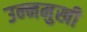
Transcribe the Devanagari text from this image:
उन्‍नमुखी